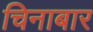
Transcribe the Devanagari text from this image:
चिनाबार